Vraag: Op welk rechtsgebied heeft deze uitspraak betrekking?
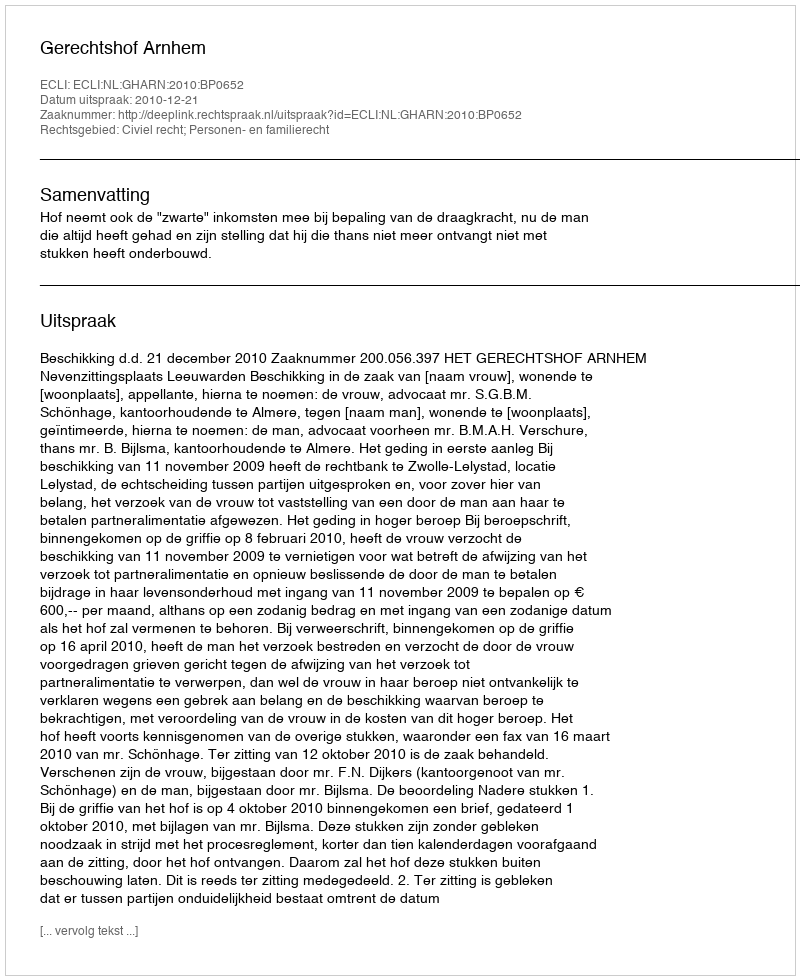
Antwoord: Civiel recht; Personen- en familierecht